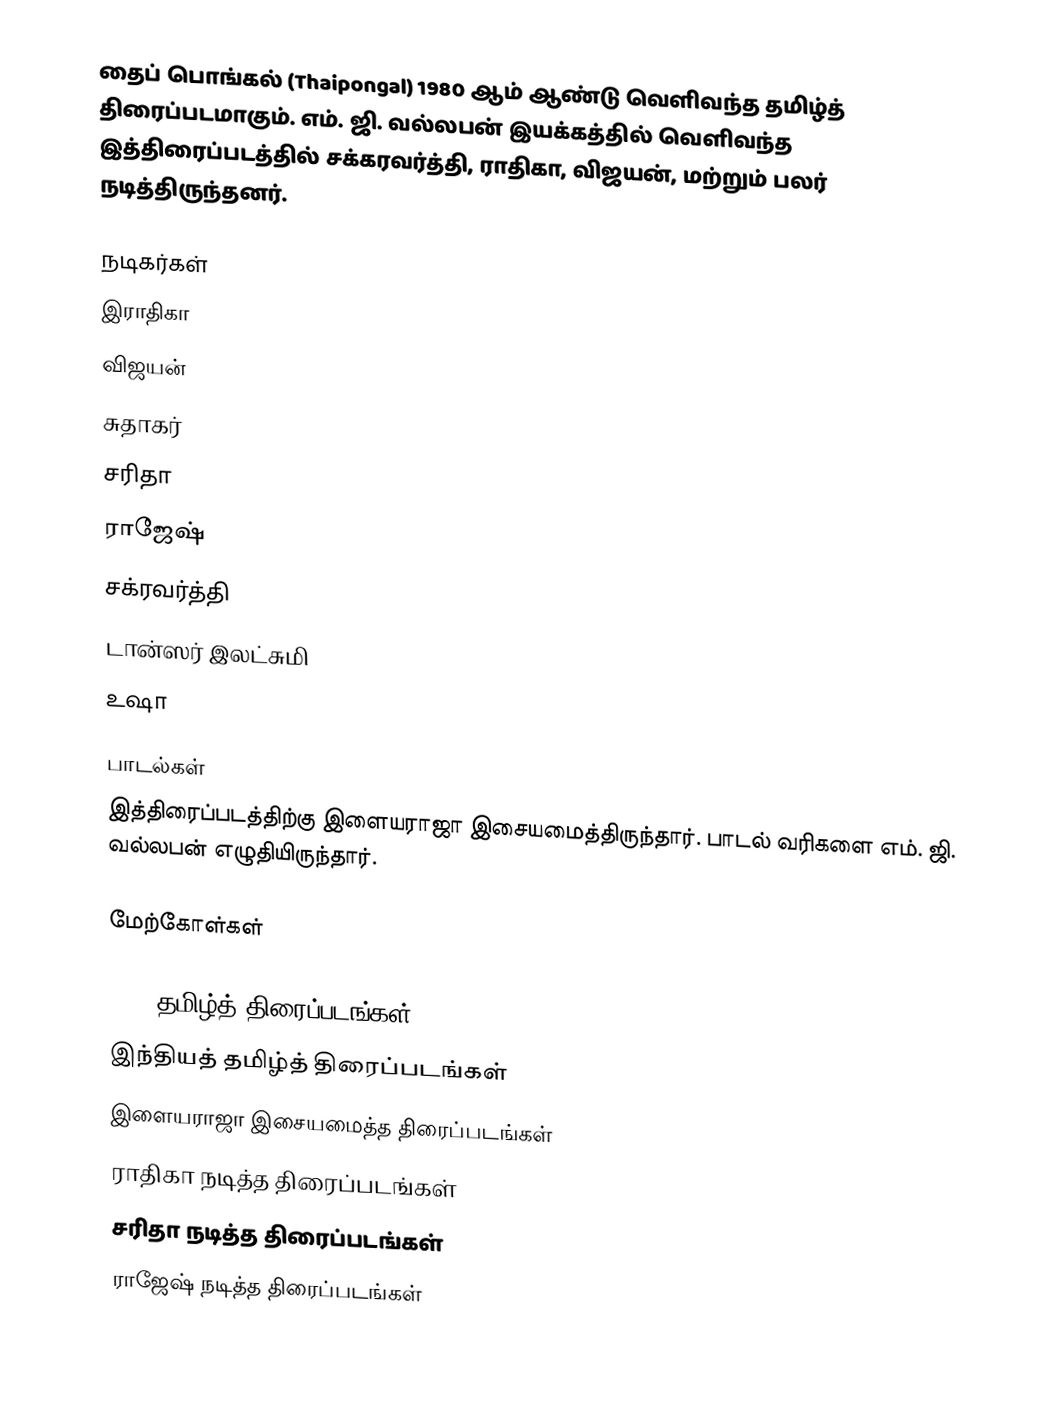
தைப் பொங்கல் (Thaipongal) 1980 ஆம் ஆண்டு வெளிவந்த தமிழ்த் திரைப்படமாகும். எம். ஜி. வல்லபன் இயக்கத்தில் வெளிவந்த இத்திரைப்படத்தில் சக்கரவர்த்தி, ராதிகா, விஜயன், மற்றும் பலர் நடித்திருந்தனர்.

நடிகர்கள்
 இராதிகா
 விஜயன்
 சுதாகர்
 சரிதா
 ராஜேஷ்
 சக்ரவர்த்தி
 டான்ஸர் இலட்சுமி
 உஷா

பாடல்கள்
இத்திரைப்படத்திற்கு இளையராஜா இசையமைத்திருந்தார். பாடல் வரிகளை எம். ஜி. வல்லபன் எழுதியிருந்தார்.

மேற்கோள்கள்

1980 தமிழ்த் திரைப்படங்கள்
இந்தியத் தமிழ்த் திரைப்படங்கள்
இளையராஜா இசையமைத்த திரைப்படங்கள்
ராதிகா நடித்த திரைப்படங்கள்
சரிதா நடித்த திரைப்படங்கள்
ராஜேஷ் நடித்த திரைப்படங்கள்